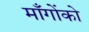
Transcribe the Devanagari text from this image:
माँगोंको